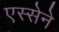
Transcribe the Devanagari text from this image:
एस्सेने